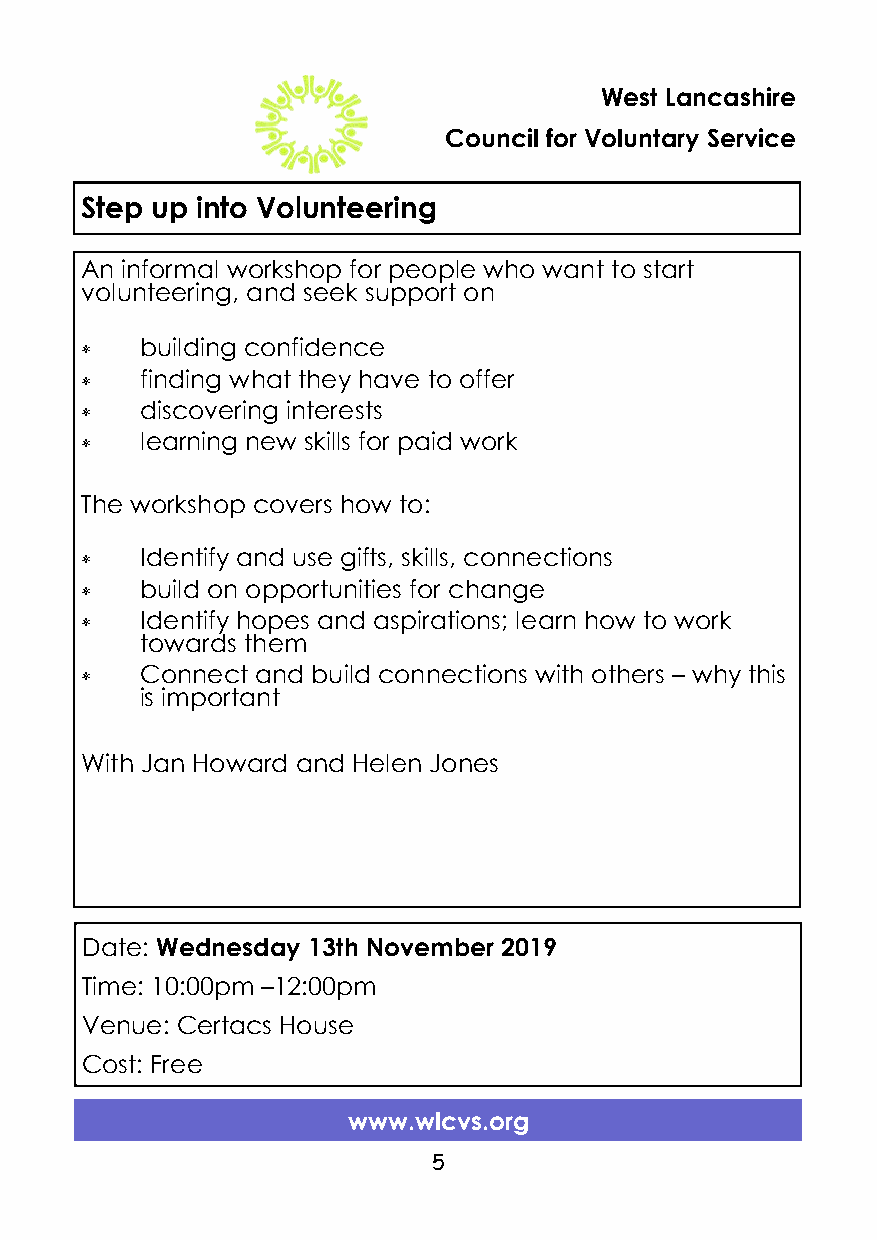
West Lancashire
 Council for Voluntary Service
 Step up into Volunteering
 An informal workshop for people who want to start
 volunteering, and seek support on
    building confidence
    finding what they have to offer
    discovering interests
    learning new skills for paid work
 The workshop covers how to:
    Identify and use gifts, skills, connections
    build on opportunities for change
    Identify hopes and aspirations; learn how to work
 towards them
    Connect and build connections with others – why this
 is important
 With Jan Howard and Helen Jones
 Date: Wednesday 13th November 2019
 Time: 10:00pm –12:00pm
 Venue: Certacs House
 Cost: Free
 www.wlcvs.org
 5